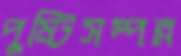
পুষ্টিসম্পন্ন